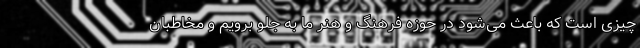
چیزی است که باعث می‌شود در حوزه فرهنگ و هنر ما به جلو برویم و مخاطبان